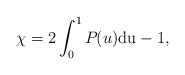
LaTeX: \begin{align*}\chi=2\int_{0}^{1}P_{}(u) \rm{d}u-1,\end{align*}